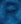
R